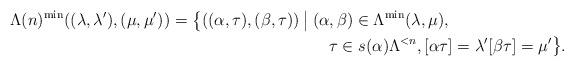
LaTeX: \begin{align*}\Lambda(n)^{\min}((\lambda,\lambda'),(\mu,\mu')) = \big\{((\alpha,\tau), (\beta,\tau)) \mathbin{\big|} {}&(\alpha,\beta) \in \Lambda^{\min}(\lambda,\mu),\\ &\quad\tau \in s(\alpha)\Lambda^{<n}, [\alpha\tau] = \lambda' [\beta\tau] = \mu'\big\}.\end{align*}